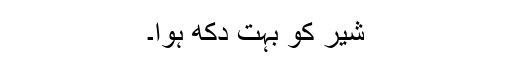
شیر کو بہت دکھ ہوا۔